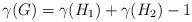
LaTeX: \begin{align*}\gamma (G)=\gamma (H_{1})+\gamma (H_{2})-1\end{align*}